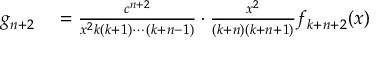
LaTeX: \begin{array} { r l } { g _ { n + 2 } } & { { } = { \frac { c ^ { n + 2 } } { x ^ { 2 } k ( k + 1 ) \cdots ( k + n - 1 ) } } \cdot { \frac { x ^ { 2 } } { ( k + n ) ( k + n + 1 ) } } f _ { k + n + 2 } ( x ) } \end{array}